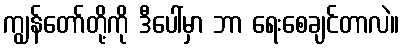
ကျွန်တော်တို့ကို ဒီပေါ်မှာ ဘာ ရေးစေချင်တာလဲ။